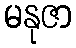
မနုဇာ